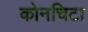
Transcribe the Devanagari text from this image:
कोनचिटा